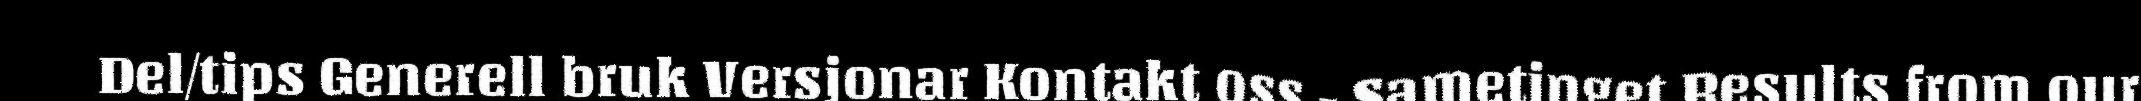
Del/tips Generell bruk Versjonar Kontakt oss - Sametinget Results from our